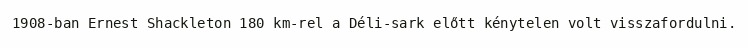
1908-ban Ernest Shackleton 180 km-rel a Déli-sark előtt kénytelen volt visszafordulni.